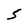
Character: 5